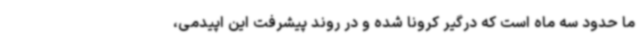
ما حدود سه ماه است که درگیر کرونا شده و در روند پیشرفت این اپیدمی،